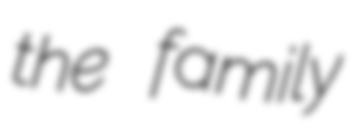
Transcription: the family